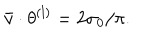
\bar { v } \cdot \theta ^ { ( l ) } = 2 \sigma _ { 0 } / \pi .